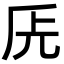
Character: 兏